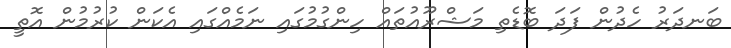
ބަނދަރު ހެދުން ފަދަ ބޮޑެތި މަޝްރޫއުތައް ހިންގުމުގައި ނަމެއްގައި އެކަން ކުރުމުން އޮތީ